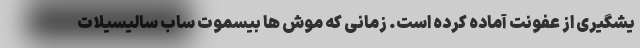
یشگیری از عفونت آماده کرده است. زمانی که موش ها بیسموت ساب سالیسیلات